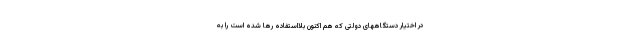
در اختیار دستگاههای دولتی که هم اکنون بلااستفاده رها شده است را به